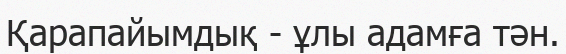
Қарапайымдық - ұлы адамға тән.